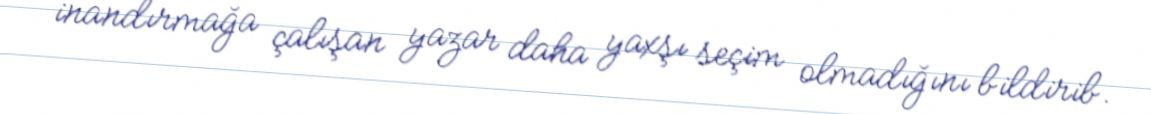
inandırmağa çalışan yazar daha yaxşı seçim olmadığını bildirib.